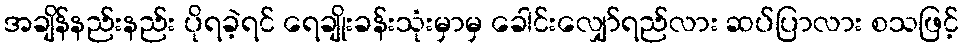
အချိန်နည်းနည်း ပိုရခဲ့ရင် ရေချိုးခန်းသုံးမှာမှ ခေါင်းလျှော်ရည်လား ဆပ်ပြာလား စသဖြင့်